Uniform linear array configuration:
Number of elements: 8
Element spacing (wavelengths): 0.5
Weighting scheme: kaiser
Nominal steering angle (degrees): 60
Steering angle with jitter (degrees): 60.95
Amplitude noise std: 0.05
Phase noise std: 0.05

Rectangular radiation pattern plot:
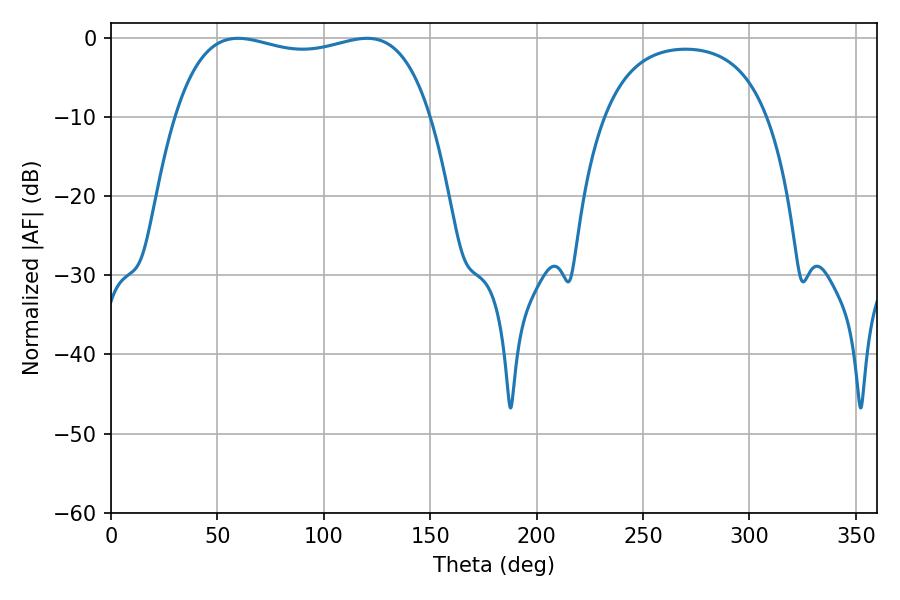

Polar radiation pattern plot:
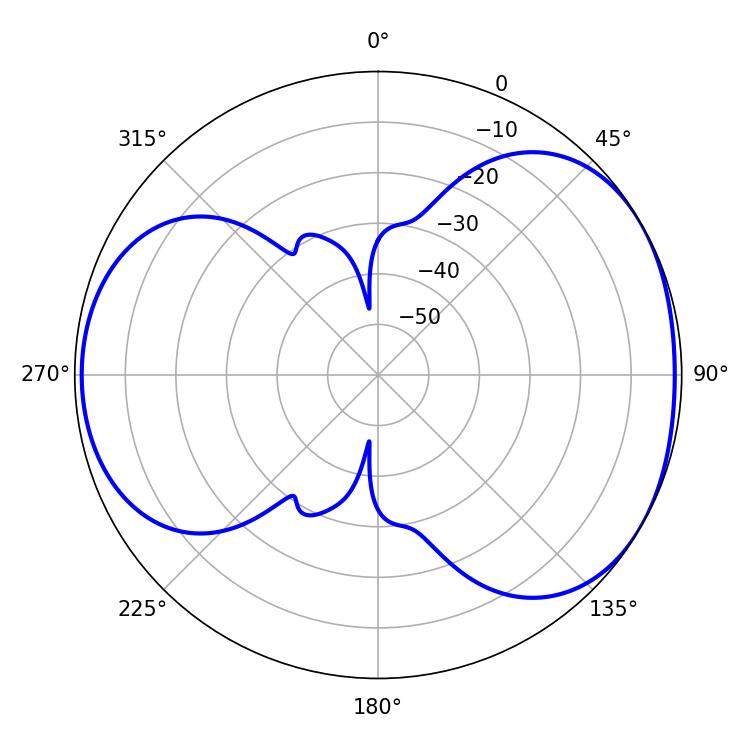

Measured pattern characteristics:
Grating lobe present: FALSE
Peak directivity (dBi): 4.487
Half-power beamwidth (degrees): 97.2
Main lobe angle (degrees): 59.76